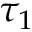
\tau _ { 1 }